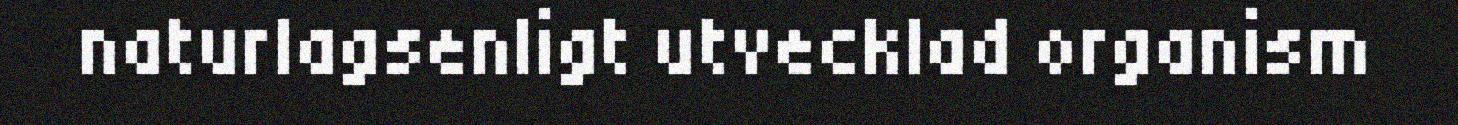
naturlagsenligt utvecklad organism